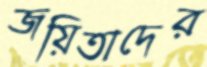
জয়িতাদের